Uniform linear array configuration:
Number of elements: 24
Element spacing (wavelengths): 0.5
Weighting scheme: blackman
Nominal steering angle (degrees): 0
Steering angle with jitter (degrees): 0.8292
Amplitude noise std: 0.05
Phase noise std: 0.05

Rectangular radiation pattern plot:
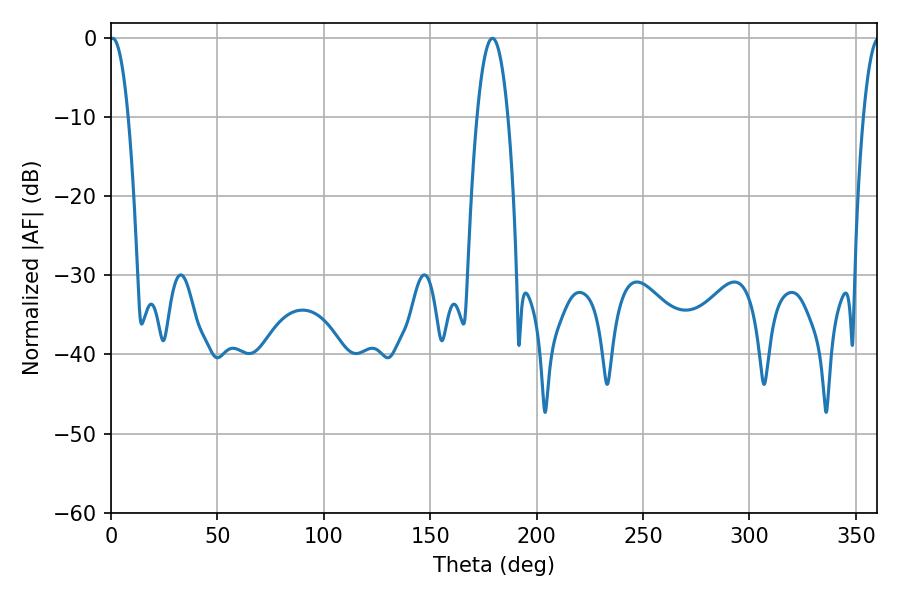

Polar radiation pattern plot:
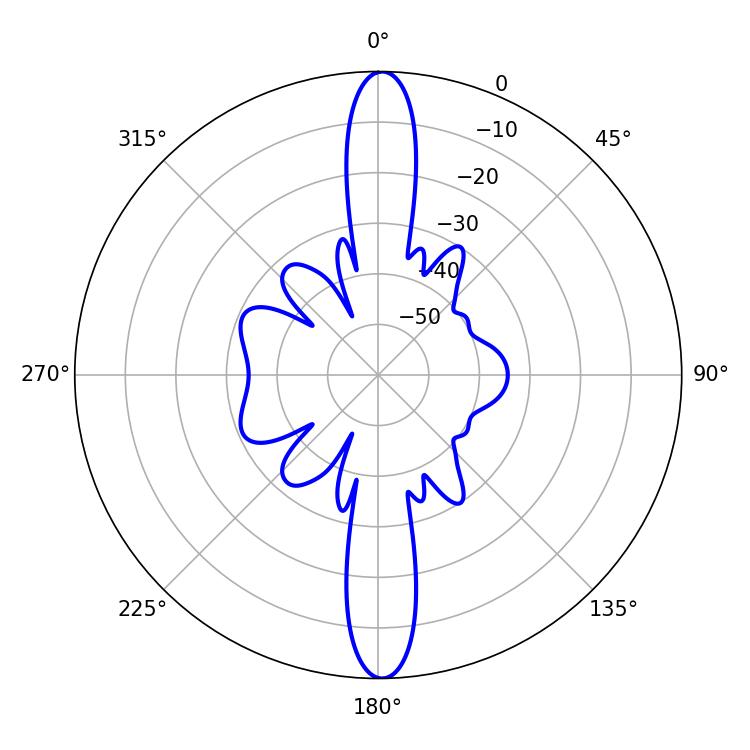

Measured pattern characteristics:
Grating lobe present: FALSE
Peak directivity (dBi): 27.307
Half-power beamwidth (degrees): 4.86
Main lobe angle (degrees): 0.72